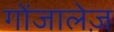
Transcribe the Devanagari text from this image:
गोंजालेज़